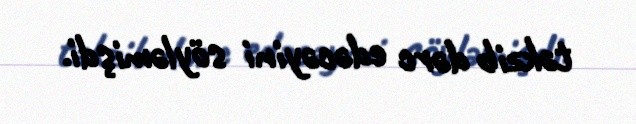
təkzib dərc edəcəyini söyləmişdi.